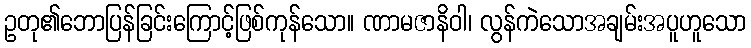
ဥတု၏ဘောပြန်ခြင်းကြောင့်ဖြစ်ကုန်သော။ ဏာမဇာနိဝါ၊ လွန်ကဲသောအချမ်းအပူဟူသော